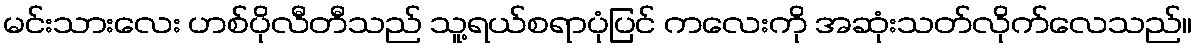
မင်းသားလေး ဟစ်ပိုလီတီသည် သူ့ရယ်စရာပုံပြင် ကလေးကို အဆုံးသတ်လိုက်လေသည်။